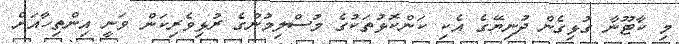
މި ކާޓޫނާ ގުޅިގެން ދުނިޔޭގެ އެކި ކަންކޮޅުތަކުގެ މުސްލިމުންގެ ރުޅިވެރިކަން ވަނީ އިންތިހާއަށް